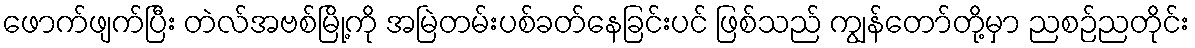
ဖောက်ဖျက်ပြီး တဲလ်အဗစ်မြို့ကို အမြဲတမ်းပစ်ခတ်နေခြင်းပင် ဖြစ်သည် ကျွန်တော်တို့မှာ ညစဉ်ညတိုင်း